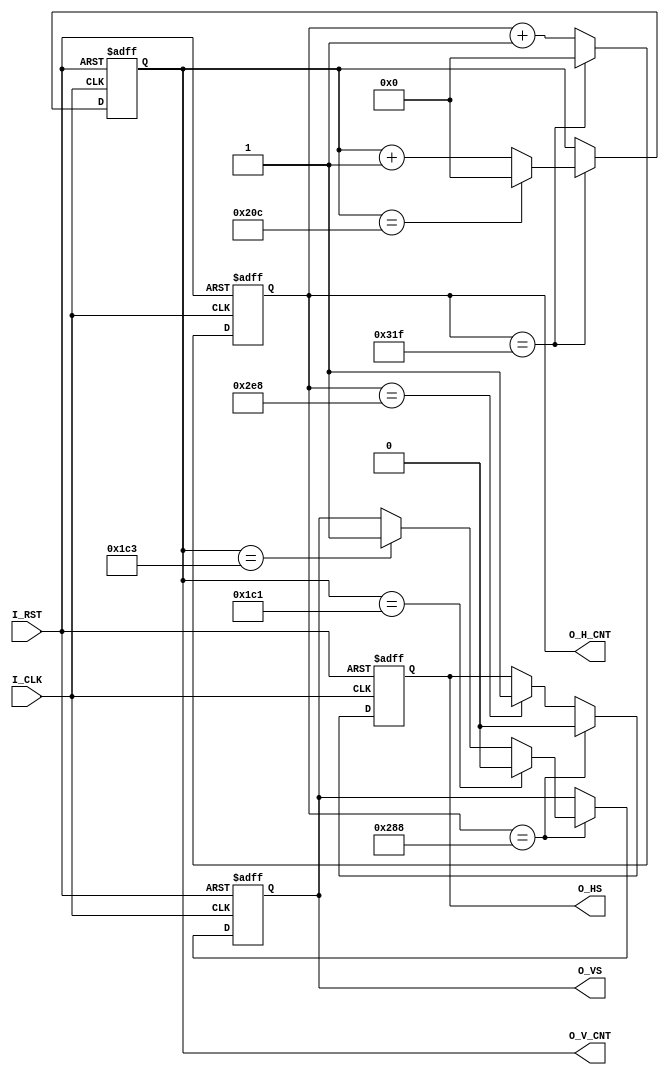
//***************************************************************************************
// PC-8001 on the DE0 Altera CycloneIII version.
// VGA controller
// Copyright (c) 2012 Masato INOUE
//***************************************************************************************
//
// Permission is hereby granted, free of charge, to any person obtaining a 
// copy of this software and associated documentation files (the "Software"), 
// to deal in the Software without restriction, including without limitation 
// the rights to use, copy, modify, merge, publish, distribute, sublicense, 
// and/or sell copies of the Software, and to permit persons to whom the 
// Software is furnished to do so, subject to the following conditions:
//
// The above copyright notice and this permission notice shall be included 
// in all copies or substantial portions of the Software.
//
// THE SOFTWARE IS PROVIDED "AS IS", WITHOUT WARRANTY OF ANY KIND, 
// EXPRESS OR IMPLIED, INCLUDING BUT NOT LIMITED TO THE WARRANTIES OF 
// MERCHANTABILITY, FITNESS FOR A PARTICULAR PURPOSE AND NONINFRINGEMENT. 
// IN NO EVENT SHALL THE AUTHORS OR COPYRIGHT HOLDERS BE LIABLE FOR ANY 
// CLAIM, DAMAGES OR OTHER LIABILITY, WHETHER IN AN ACTION OF CONTRACT, 
// TORT OR OTHERWISE, ARISING FROM, OUT OF OR IN CONNECTION WITH THE 
// SOFTWARE OR THE USE OR OTHER DEALINGS IN THE SOFTWARE.
//***************************************************************************************

module HVGEN (
              input             I_CLK, // 25MHz
              input             I_RST, // High Active
              output reg        O_HS,
              output reg        O_VS,
              output reg [ 9:0] O_H_CNT,
              output reg [ 9:0] O_V_CNT
              );

	/*
	 * Parameter's
	 */
	parameter HMAX = 800;
	parameter VMAX = 525;
//   parameter HS_START = 663; // org
//   parameter HS_END   = 759; // org
   parameter HS_START = 648;
   parameter HS_END   = 744;
   parameter VS_START = 449;
   parameter VS_END   = 451;



   // JE^
   wire              hcntend = (O_H_CNT == HMAX-10'h001);
   always @ (posedge I_CLK, posedge I_RST) begin
      if ( I_RST )
        O_H_CNT <= 10'h000;
      else if(hcntend)
        O_H_CNT <= 10'h000;
      else
        O_H_CNT <= O_H_CNT + 10'h001;
   end

   // JE^
   always @(posedge I_CLK, posedge I_RST) begin
      if ( I_RST )
        O_V_CNT <= 10'h000;
      else if( hcntend ) begin
         if (O_V_CNT == VMAX - 10'h001)
           O_V_CNT <= 10'h000;
         else
           O_V_CNT <= O_V_CNT + 10'h001;
      end
   end

	// Hsync
   always @( posedge I_CLK or posedge I_RST) begin
      if ( I_RST )
        O_HS <= 1'b1;
      else if( O_H_CNT == HS_START )
        O_HS <= 1'b0;
      else if( O_H_CNT == HS_END )
        O_HS <= 1'b1;
   end

	// Vsync
   always @( posedge I_CLK or posedge I_RST) begin
      if ( I_RST )
        O_VS <= 1'b1;
      else if(O_H_CNT == HS_START) begin
         if( O_V_CNT == VS_START )
           O_VS <= 1'b0;
         else if ( O_V_CNT == VS_END)
           O_VS <= 1'b1;
      end
   end

endmodule // HVGEN